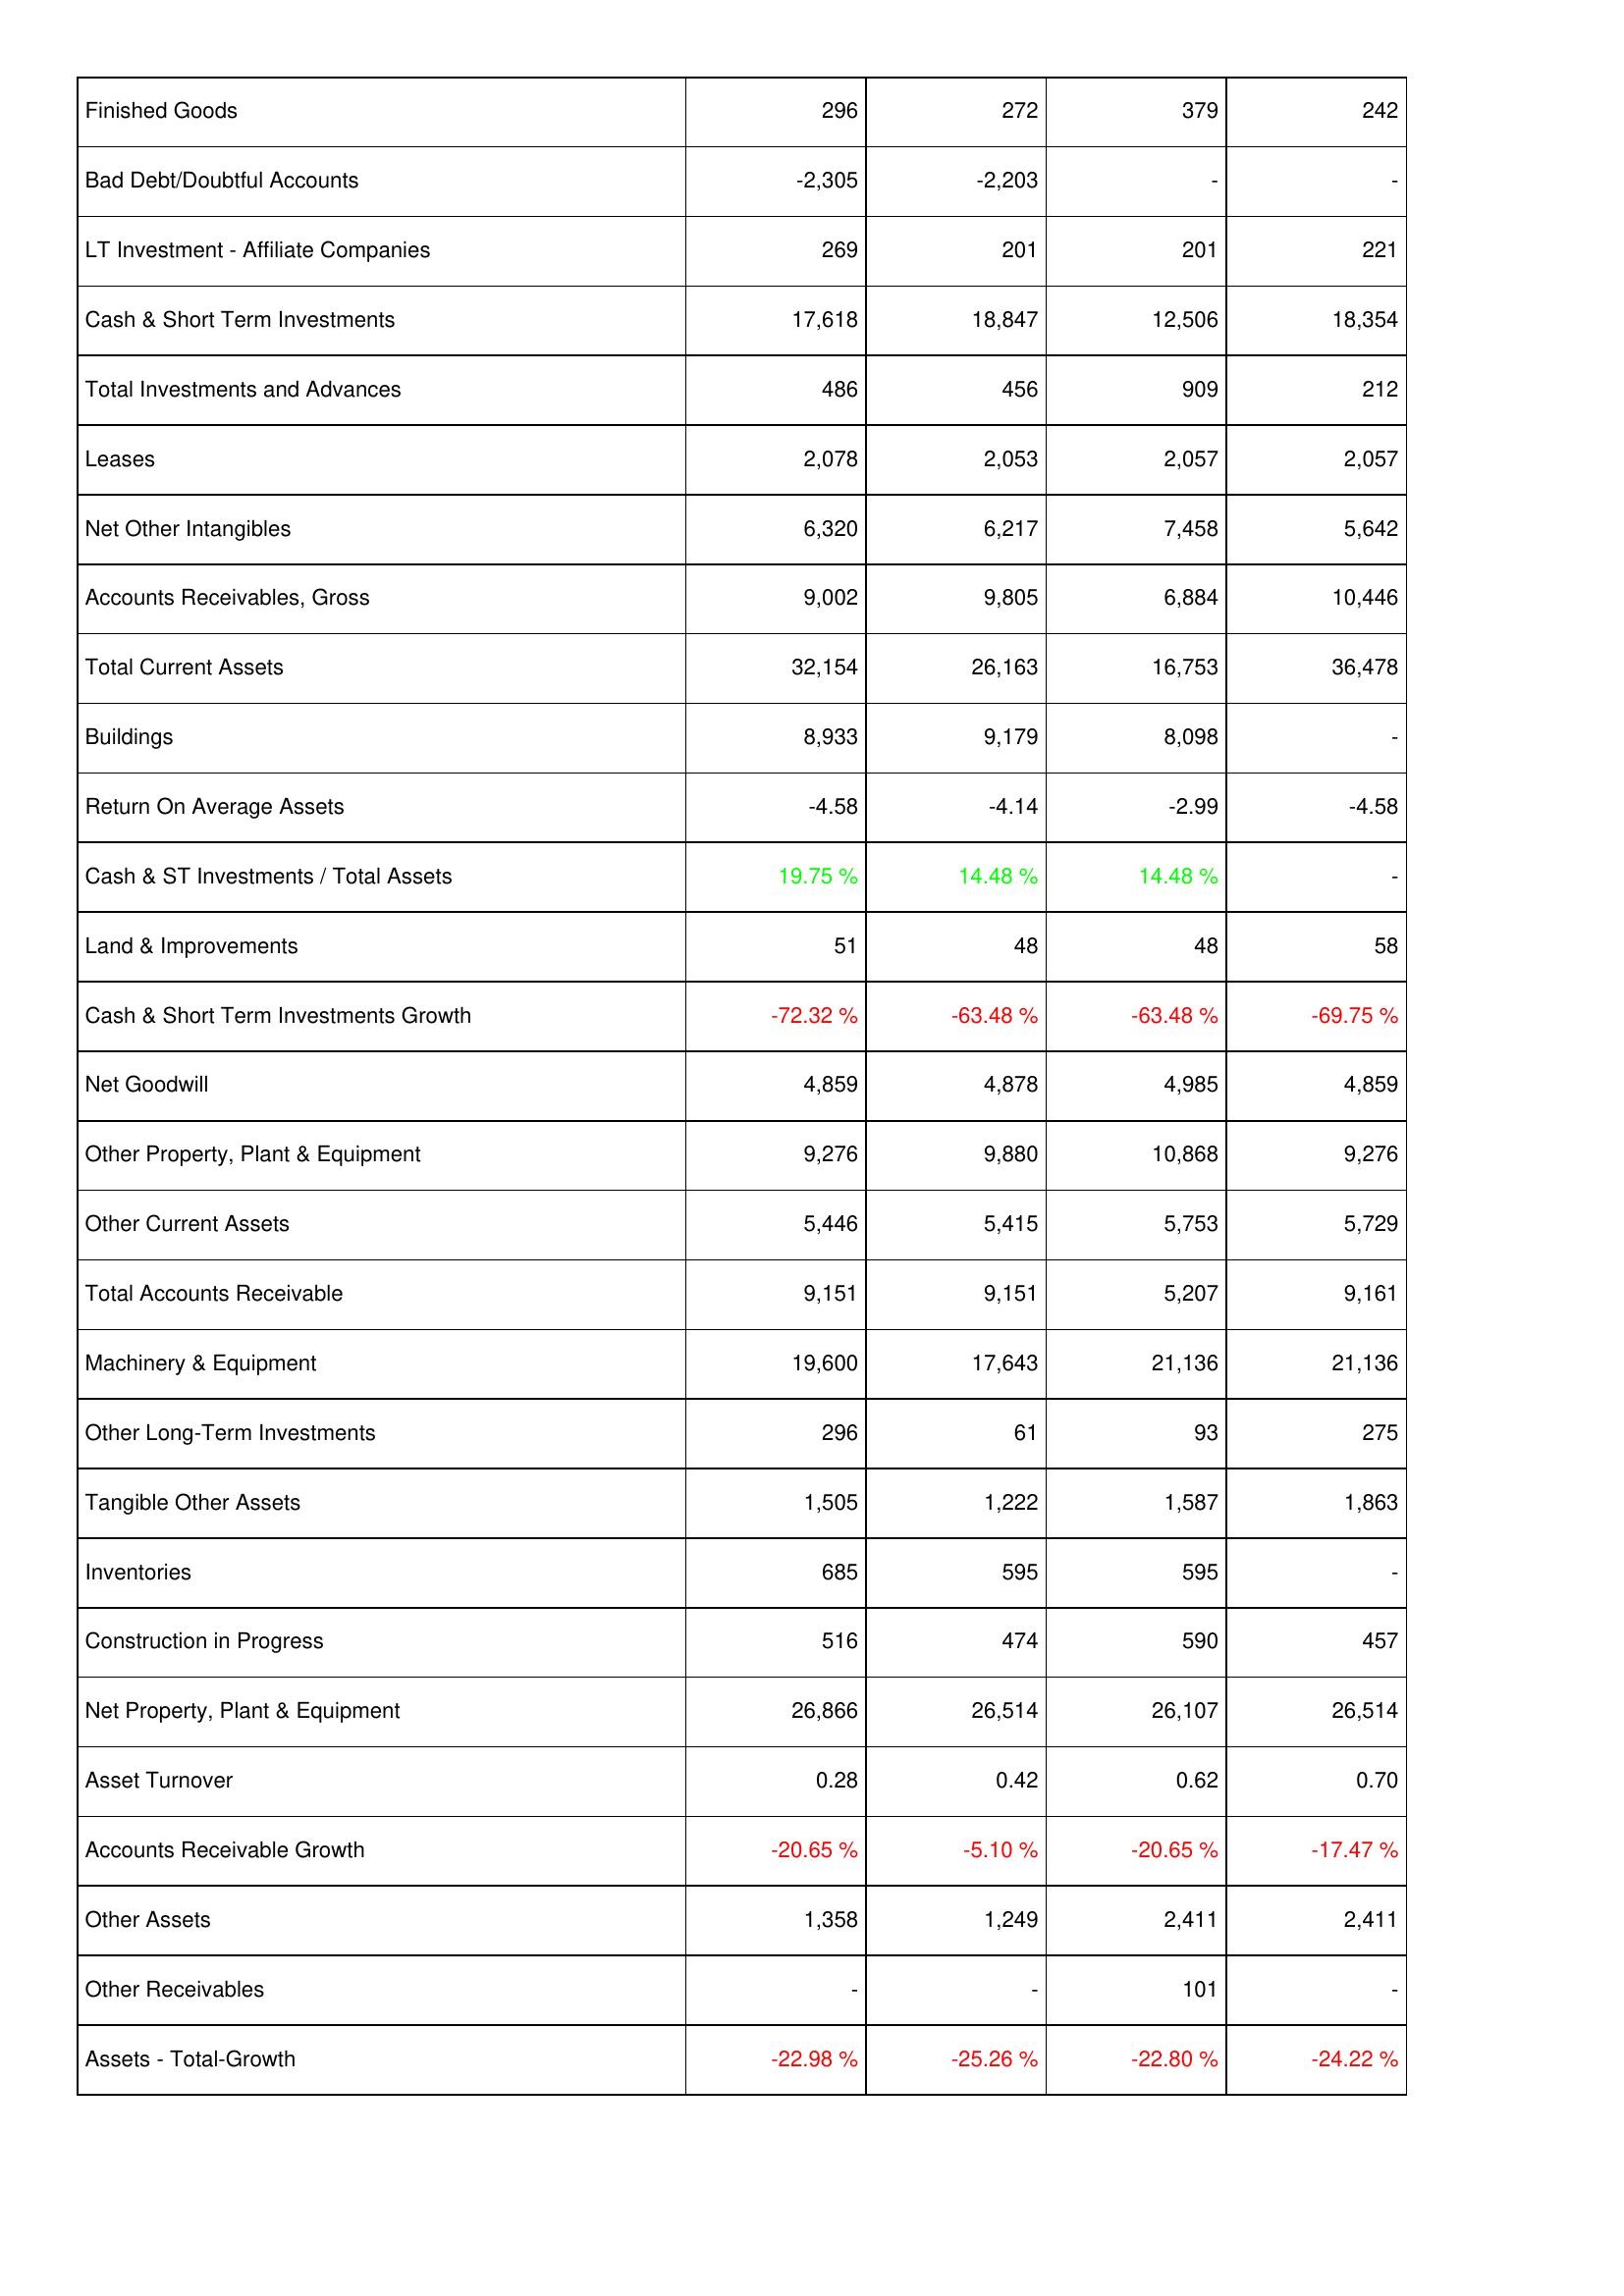
2017: Assets: Finished Goods: 296
Bad Debt/Doubtful Accounts: -2,305
LT Investment - Affiliate Companies: 269
Cash & Short Term Investments: 17,618
Total Investments and Advances: 486
Leases: 2,078
Net Other Intangibles: 6,320
Accounts Receivables, Gross: 9,002
Total Current Assets: 32,154
Buildings: 8,933
Return On Average Assets: -4.58
Cash & ST Investments / Total Assets: 19.75 %
Land & Improvements: 51
Cash & Short Term Investments Growth: -72.32 %
Net Goodwill: 4,859
Other Property, Plant & Equipment: 9,276
Other Current Assets: 5,446
Total Accounts Receivable: 9,151
Machinery & Equipment: 19,600
Other Long-Term Investments: 296
Tangible Other Assets: 1,505
Inventories: 685
Construction in Progress: 516
Net Property, Plant & Equipment: 26,866
Asset Turnover: 0.28
Accounts Receivable Growth: -20.65 %
Other Assets: 1,358
Other Receivables: -
Assets - Total-Growth: -22.98 %
2018: Assets: Finished Goods: 272
Bad Debt/Doubtful Accounts: -2,203
LT Investment - Affiliate Companies: 201
Cash & Short Term Investments: 18,847
Total Investments and Advances: 456
Leases: 2,053
Net Other Intangibles: 6,217
Accounts Receivables, Gross: 9,805
Total Current Assets: 26,163
Buildings: 9,179
Return On Average Assets: -4.14
Cash & ST Investments / Total Assets: 14.48 %
Land & Improvements: 48
Cash & Short Term Investments Growth: -63.48 %
Net Goodwill: 4,878
Other Property, Plant & Equipment: 9,880
Other Current Assets: 5,415
Total Accounts Receivable: 9,151
Machinery & Equipment: 17,643
Other Long-Term Investments: 61
Tangible Other Assets: 1,222
Inventories: 595
Construction in Progress: 474
Net Property, Plant & Equipment: 26,514
Asset Turnover: 0.42
Accounts Receivable Growth: -5.10 %
Other Assets: 1,249
Other Receivables: -
Assets - Total-Growth: -25.26 %
2019: Assets: Finished Goods: 379
Bad Debt/Doubtful Accounts: -
LT Investment - Affiliate Companies: 201
Cash & Short Term Investments: 12,506
Total Investments and Advances: 909
Leases: 2,057
Net Other Intangibles: 7,458
Accounts Receivables, Gross: 6,884
Total Current Assets: 16,753
Buildings: 8,098
Return On Average Assets: -2.99
Cash & ST Investments / Total Assets: 14.48 %
Land & Improvements: 48
Cash & Short Term Investments Growth: -63.48 %
Net Goodwill: 4,985
Other Property, Plant & Equipment: 10,868
Other Current Assets: 5,753
Total Accounts Receivable: 5,207
Machinery & Equipment: 21,136
Other Long-Term Investments: 93
Tangible Other Assets: 1,587
Inventories: 595
Construction in Progress: 590
Net Property, Plant & Equipment: 26,107
Asset Turnover: 0.62
Accounts Receivable Growth: -20.65 %
Other Assets: 2,411
Other Receivables: 101
Assets - Total-Growth: -22.80 %
2020: Assets: Finished Goods: 242
Bad Debt/Doubtful Accounts: -
LT Investment - Affiliate Companies: 221
Cash & Short Term Investments: 18,354
Total Investments and Advances: 212
Leases: 2,057
Net Other Intangibles: 5,642
Accounts Receivables, Gross: 10,446
Total Current Assets: 36,478
Buildings: -
Return On Average Assets: -4.58
Cash & ST Investments / Total Assets: -
Land & Improvements: 58
Cash & Short Term Investments Growth: -69.75 %
Net Goodwill: 4,859
Other Property, Plant & Equipment: 9,276
Other Current Assets: 5,729
Total Accounts Receivable: 9,161
Machinery & Equipment: 21,136
Other Long-Term Investments: 275
Tangible Other Assets: 1,863
Inventories: -
Construction in Progress: 457
Net Property, Plant & Equipment: 26,514
Asset Turnover: 0.70
Accounts Receivable Growth: -17.47 %
Other Assets: 2,411
Other Receivables: -
Assets - Total-Growth: -24.22 %